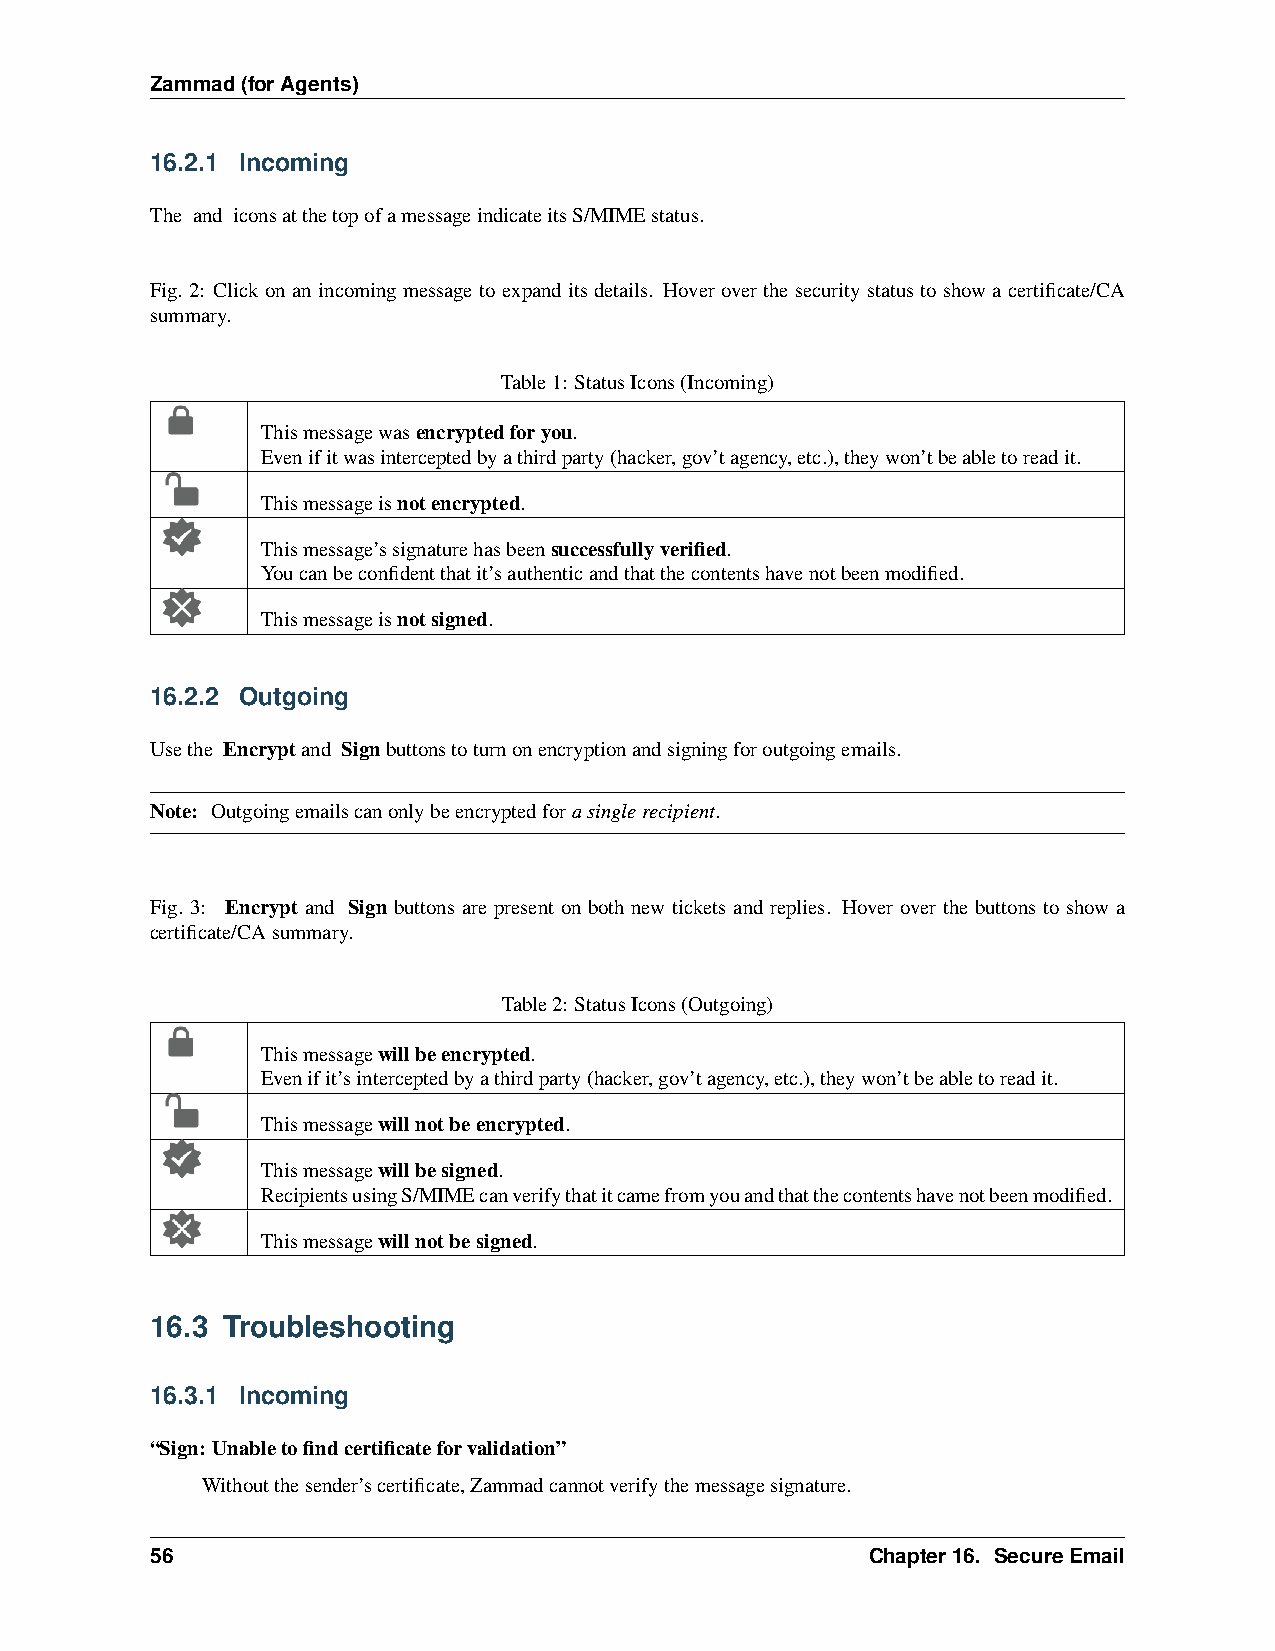
Zammad(forAgents)
 16.2.1 Incoming
 The and iconsatthetopofamessageindicateitsS/MIMEstatus.
 Fig. 2: Click on an incoming message to expand its details. Hover over the security status to show a certificate/CA
 summary.
 Table1: StatusIcons(Incoming)
 Thismessagewasencryptedforyou.
 Evenifitwasinterceptedbyathirdparty(hacker,gov’tagency,etc.),theywon’tbeabletoreadit.
 Thismessageisnotencrypted.
 Thismessage’ssignaturehasbeensuccessfullyverified.
 Youcanbeconfidentthatit’sauthenticandthatthecontentshavenotbeenmodified.
 Thismessageisnotsigned.
 16.2.2 Outgoing
 Usethe Encryptand Signbuttonstoturnonencryptionandsigningforoutgoingemails.
 Note: Outgoingemailscanonlybeencryptedforasinglerecipient.
 Fig. 3: Encrypt and Sign buttons are present on both new tickets and replies. Hover over the buttons to show a
 certificate/CAsummary.
 Table2: StatusIcons(Outgoing)
 Thismessagewillbeencrypted.
 Evenifit’sinterceptedbyathirdparty(hacker,gov’tagency,etc.),theywon’tbeabletoreadit.
 Thismessagewillnotbeencrypted.
 Thismessagewillbesigned.
 RecipientsusingS/MIMEcanverifythatitcamefromyouandthatthecontentshavenotbeenmodified.
 Thismessagewillnotbesigned.
 16.3 Troubleshooting
 16.3.1 Incoming
 “Sign: Unabletofindcertificateforvalidation”
 Withoutthesender’scertificate,Zammadcannotverifythemessagesignature.
 56                                              Chapter16. SecureEmail